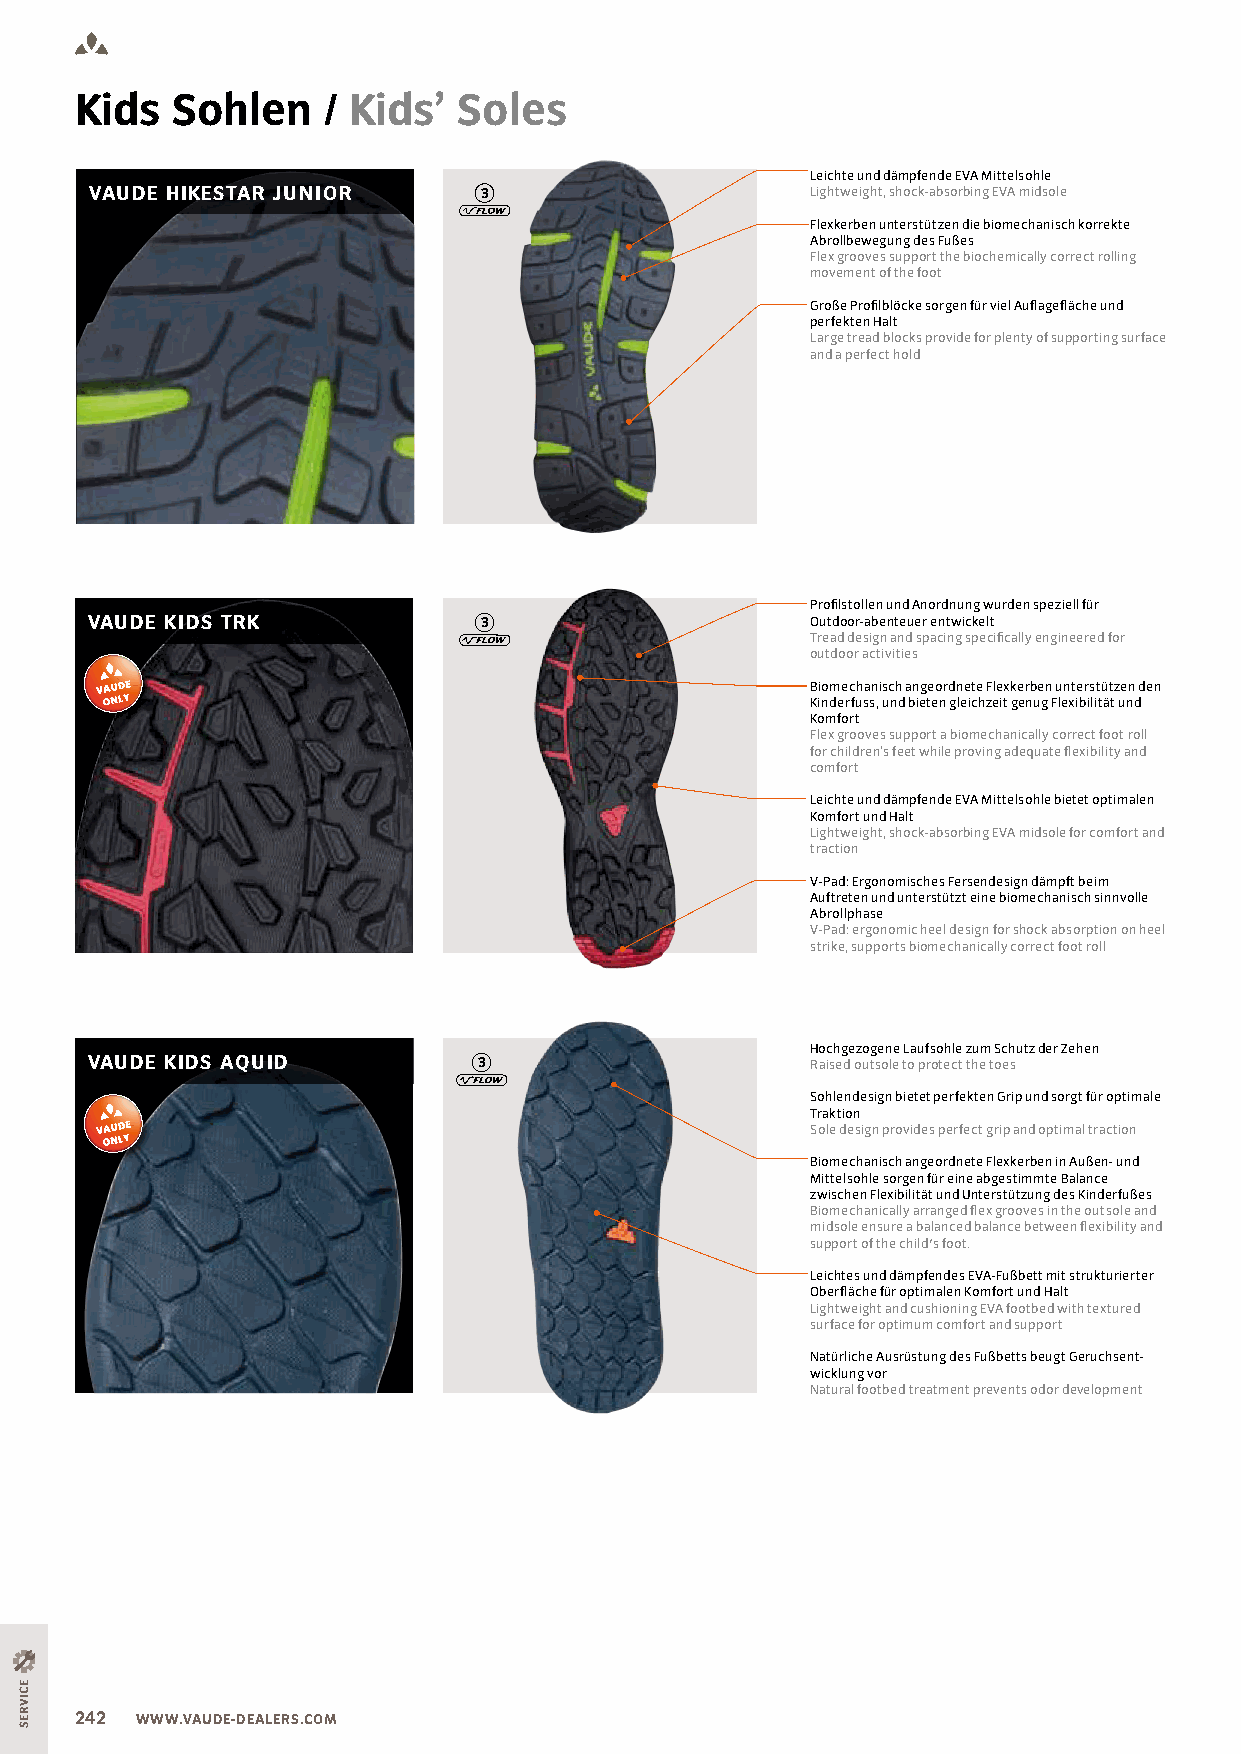
Kids  Sohlen    / Kids’  Soles
 Leichte und dämpfende EVA Mittelsohle
 VAUDE HIKESTAR JUNIOR     3                     Lightweight, shock-absorbing EVA midsole
 Flexkerben unterstützen die biomechanisch korrekte
 Abrollbewegung des Fußes
 Flex grooves support the biochemically correct rolling
 movement of the foot
 Große Proilblöcke sorgen für viel Aulageläche und
 perfekten Halt
 Large tread blocks provide for plenty of supporting surface
 and a perfect hold
 Proilstollen und Anordnung wurden speziell für
 VAUDE KIDS TRK            3                     Outdoor-abenteuer entwickelt
 Tread design and spacing speciically engineered for
 outdoor activities
 Biomechanisch angeordnete Flexkerben unterstützen den
 Kinderfuss, und bieten gleichzeit genug Flexibilität und
 Komfort
 Flex grooves support a biomechanically correct foot roll
 for children‘s feet while proving adequate lexibility and
 comfort
 Leichte und dämpfende EVA Mittelsohle bietet optimalen
 Komfort und Halt
 Lightweight, shock-absorbing EVA midsole for comfort and
 traction
 V-Pad: Ergonomisches Fersendesign dämpft beim
 Auftreten und unterstützt eine biomechanisch sinnvolle
 Abrollphase
 V-Pad: ergonomic heel design for shock absorption on heel
 strike, supports biomechanically correct foot roll
 Hochgezogene Laufsohle zum Schutz der Zehen
 VAUDE KIDS AQUID          3                     Raised outsole to protect the toes
 Sohlendesign bietet perfekten Grip und sorgt für optimale
 Traktion
 Sole design provides perfect grip and optimal traction
 Biomechanisch angeordnete Flexkerben in Außen- und
 Mittelsohle sorgen für eine abgestimmte Balance
 zwischen Flexibilität und Unterstützung des Kinderfußes
 Biomechanically arranged lex grooves in the outsole and
 midsole ensure a balanced balance between lexibility and
 support of the child's foot.
 Leichtes und dämpfendes EVA-Fußbett mit strukturierter
 Oberläche für optimalen Komfort und Halt
 Lightweight and cushioning EVA footbed with textured
 surface for optimum comfort and support
 Natürliche Ausrüstung des Fußbetts beugt Geruchsent-
 wicklung vor
 Natural footbed treatment prevents odor development
 242 WWW.VAUDE-DEALERS.COM
 ECIVRES